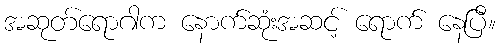
အဆုတ်ရောဂါက နောက်ဆုံးအဆင့် ရောက် နေပြီ။